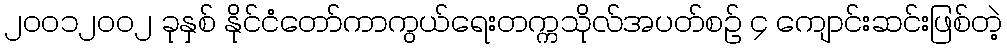
၂၀၀၁၂၀၀၂ ခုနှစ် နိုင်ငံတော်ကာကွယ်ရေးတက္ကသိုလ်အပတ်စဉ် ၄ ကျောင်းဆင်းဖြစ်တဲ့